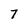
Character: 7